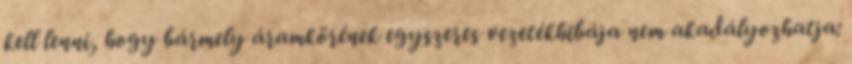
kell lenni, hogy bármely áramkörének egyszeres vezetékhibája nem akadályozhatja: